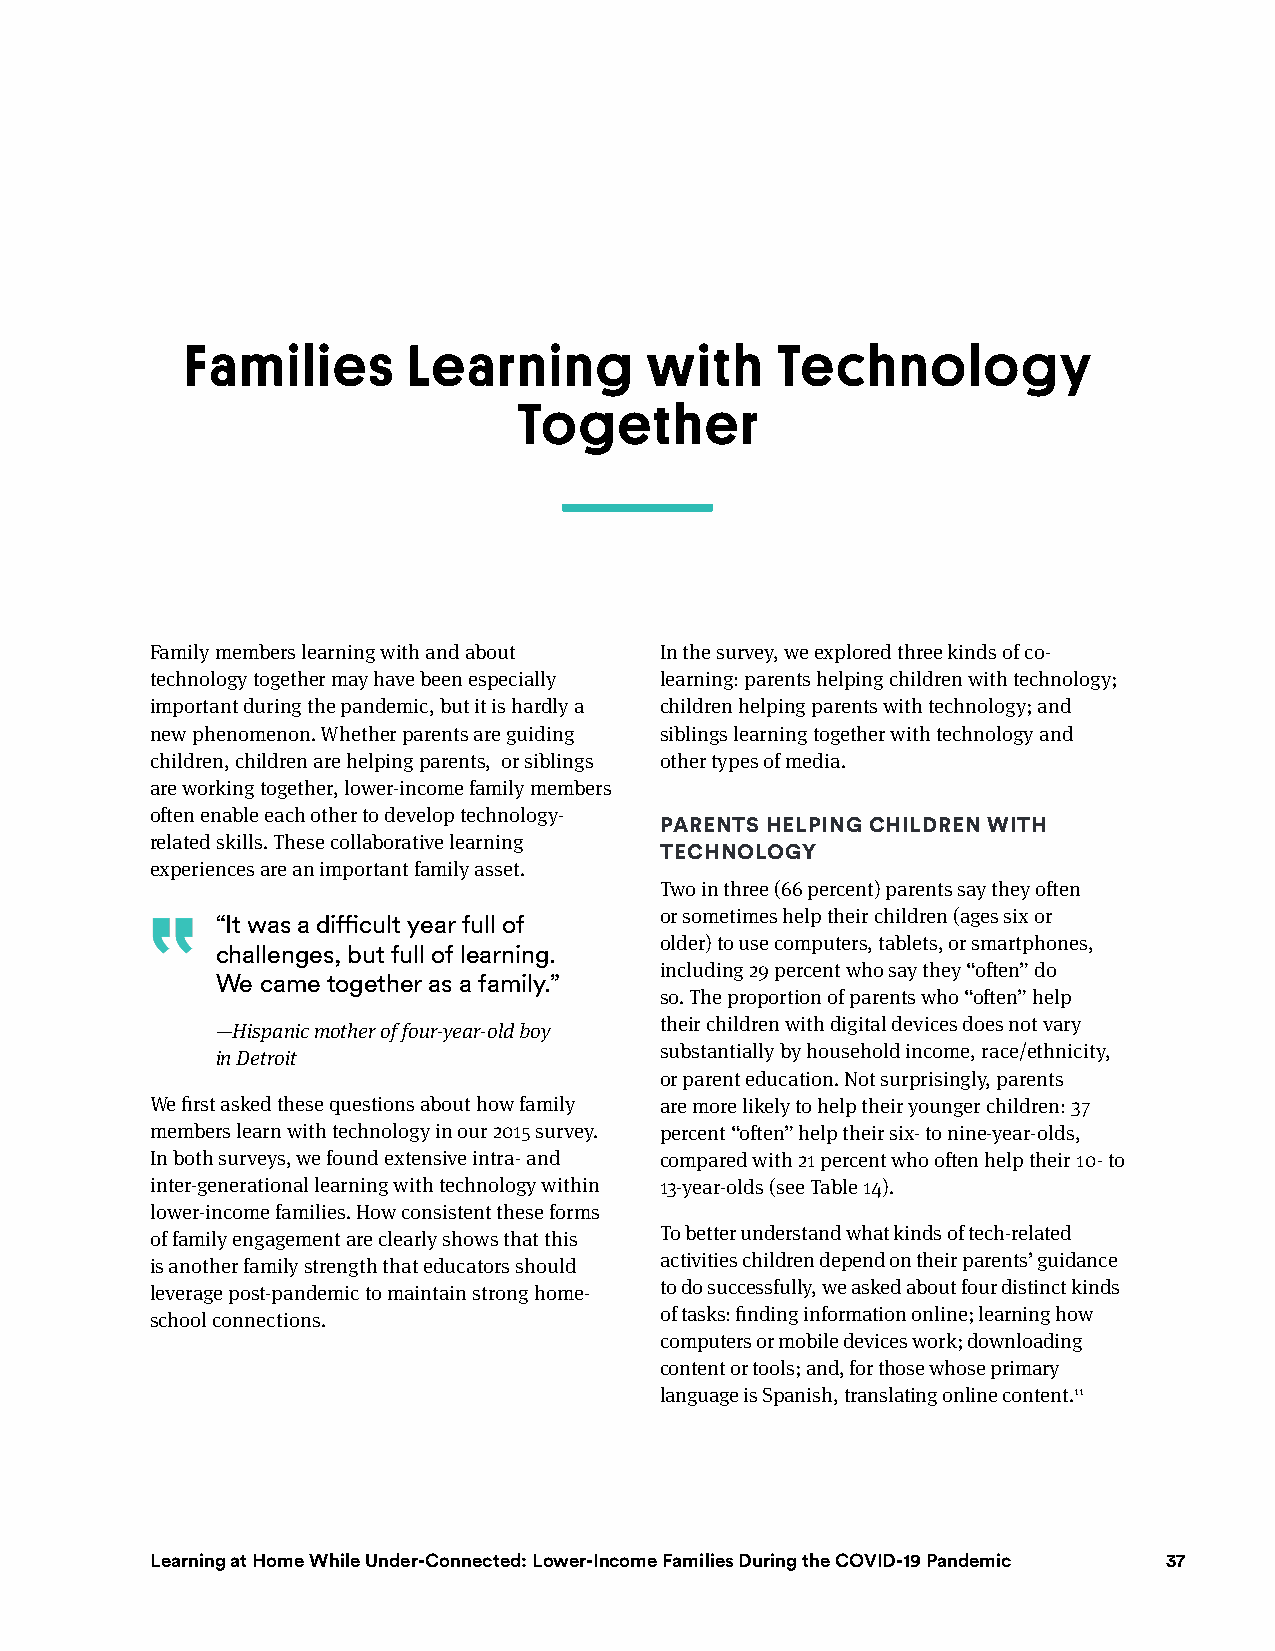
Families       Learning        with    Technology
 Together
 Family members learning with and about In the survey, we explored three kinds of co-
 technology together may have been especially learning: parents helping children with technology;
 important during the pandemic, but it is hardly a children helping parents with technology; and
 new phenomenon. Whether parents are guiding siblings learning together with technology and
 children, children are helping parents, or siblings other types of media.
 are working together, lower-income family members
 often enable each other to develop technology-
 PAREnTs hElPing ChildREn wiTh
 related skills. These collaborative learning
 TEChnOlOgy
 experiences are an important family asset.
 Two in three (66 percent) parents say they often
 or sometimes help their children (ages six or
 “It was a difficult year full of
 older) to use computers, tablets, or smartphones,
 challenges, but full of learning.
 including 29 percent who say they “often” do
 We came together as a family.”
 so. The proportion of parents who “often” help
 —Hispanic mother of four-year-old boy their children with digital devices does not vary
 in Detroit                    substantially by household income, race/ethnicity,
 or parent education. Not surprisingly, parents
 We first asked these questions about how family are more likely to help their younger children: 37
 members learn with technology in our 2015 survey. percent “often” help their six- to nine-year-olds,
 In both surveys, we found extensive intra- and compared with 21 percent who often help their 10- to
 inter-generational learning with technology within 13-year-olds (see Table 14).
 lower-income families. How consistent these forms
 of family engagement are clearly shows that this To better understand what kinds of tech-related
 is another family strength that educators should activities children depend on their parents’ guidance
 leverage post-pandemic to maintain strong home- to do successfully, we asked about four distinct kinds
 school connections.               of tasks: finding information online; learning how
 computers or mobile devices work; downloading
 content or tools; and, for those whose primary
 language is Spanish, translating online content.11
 Education Policy learning at Home While under-connected: lower-income Families during the coVid-19 Pandemic 37